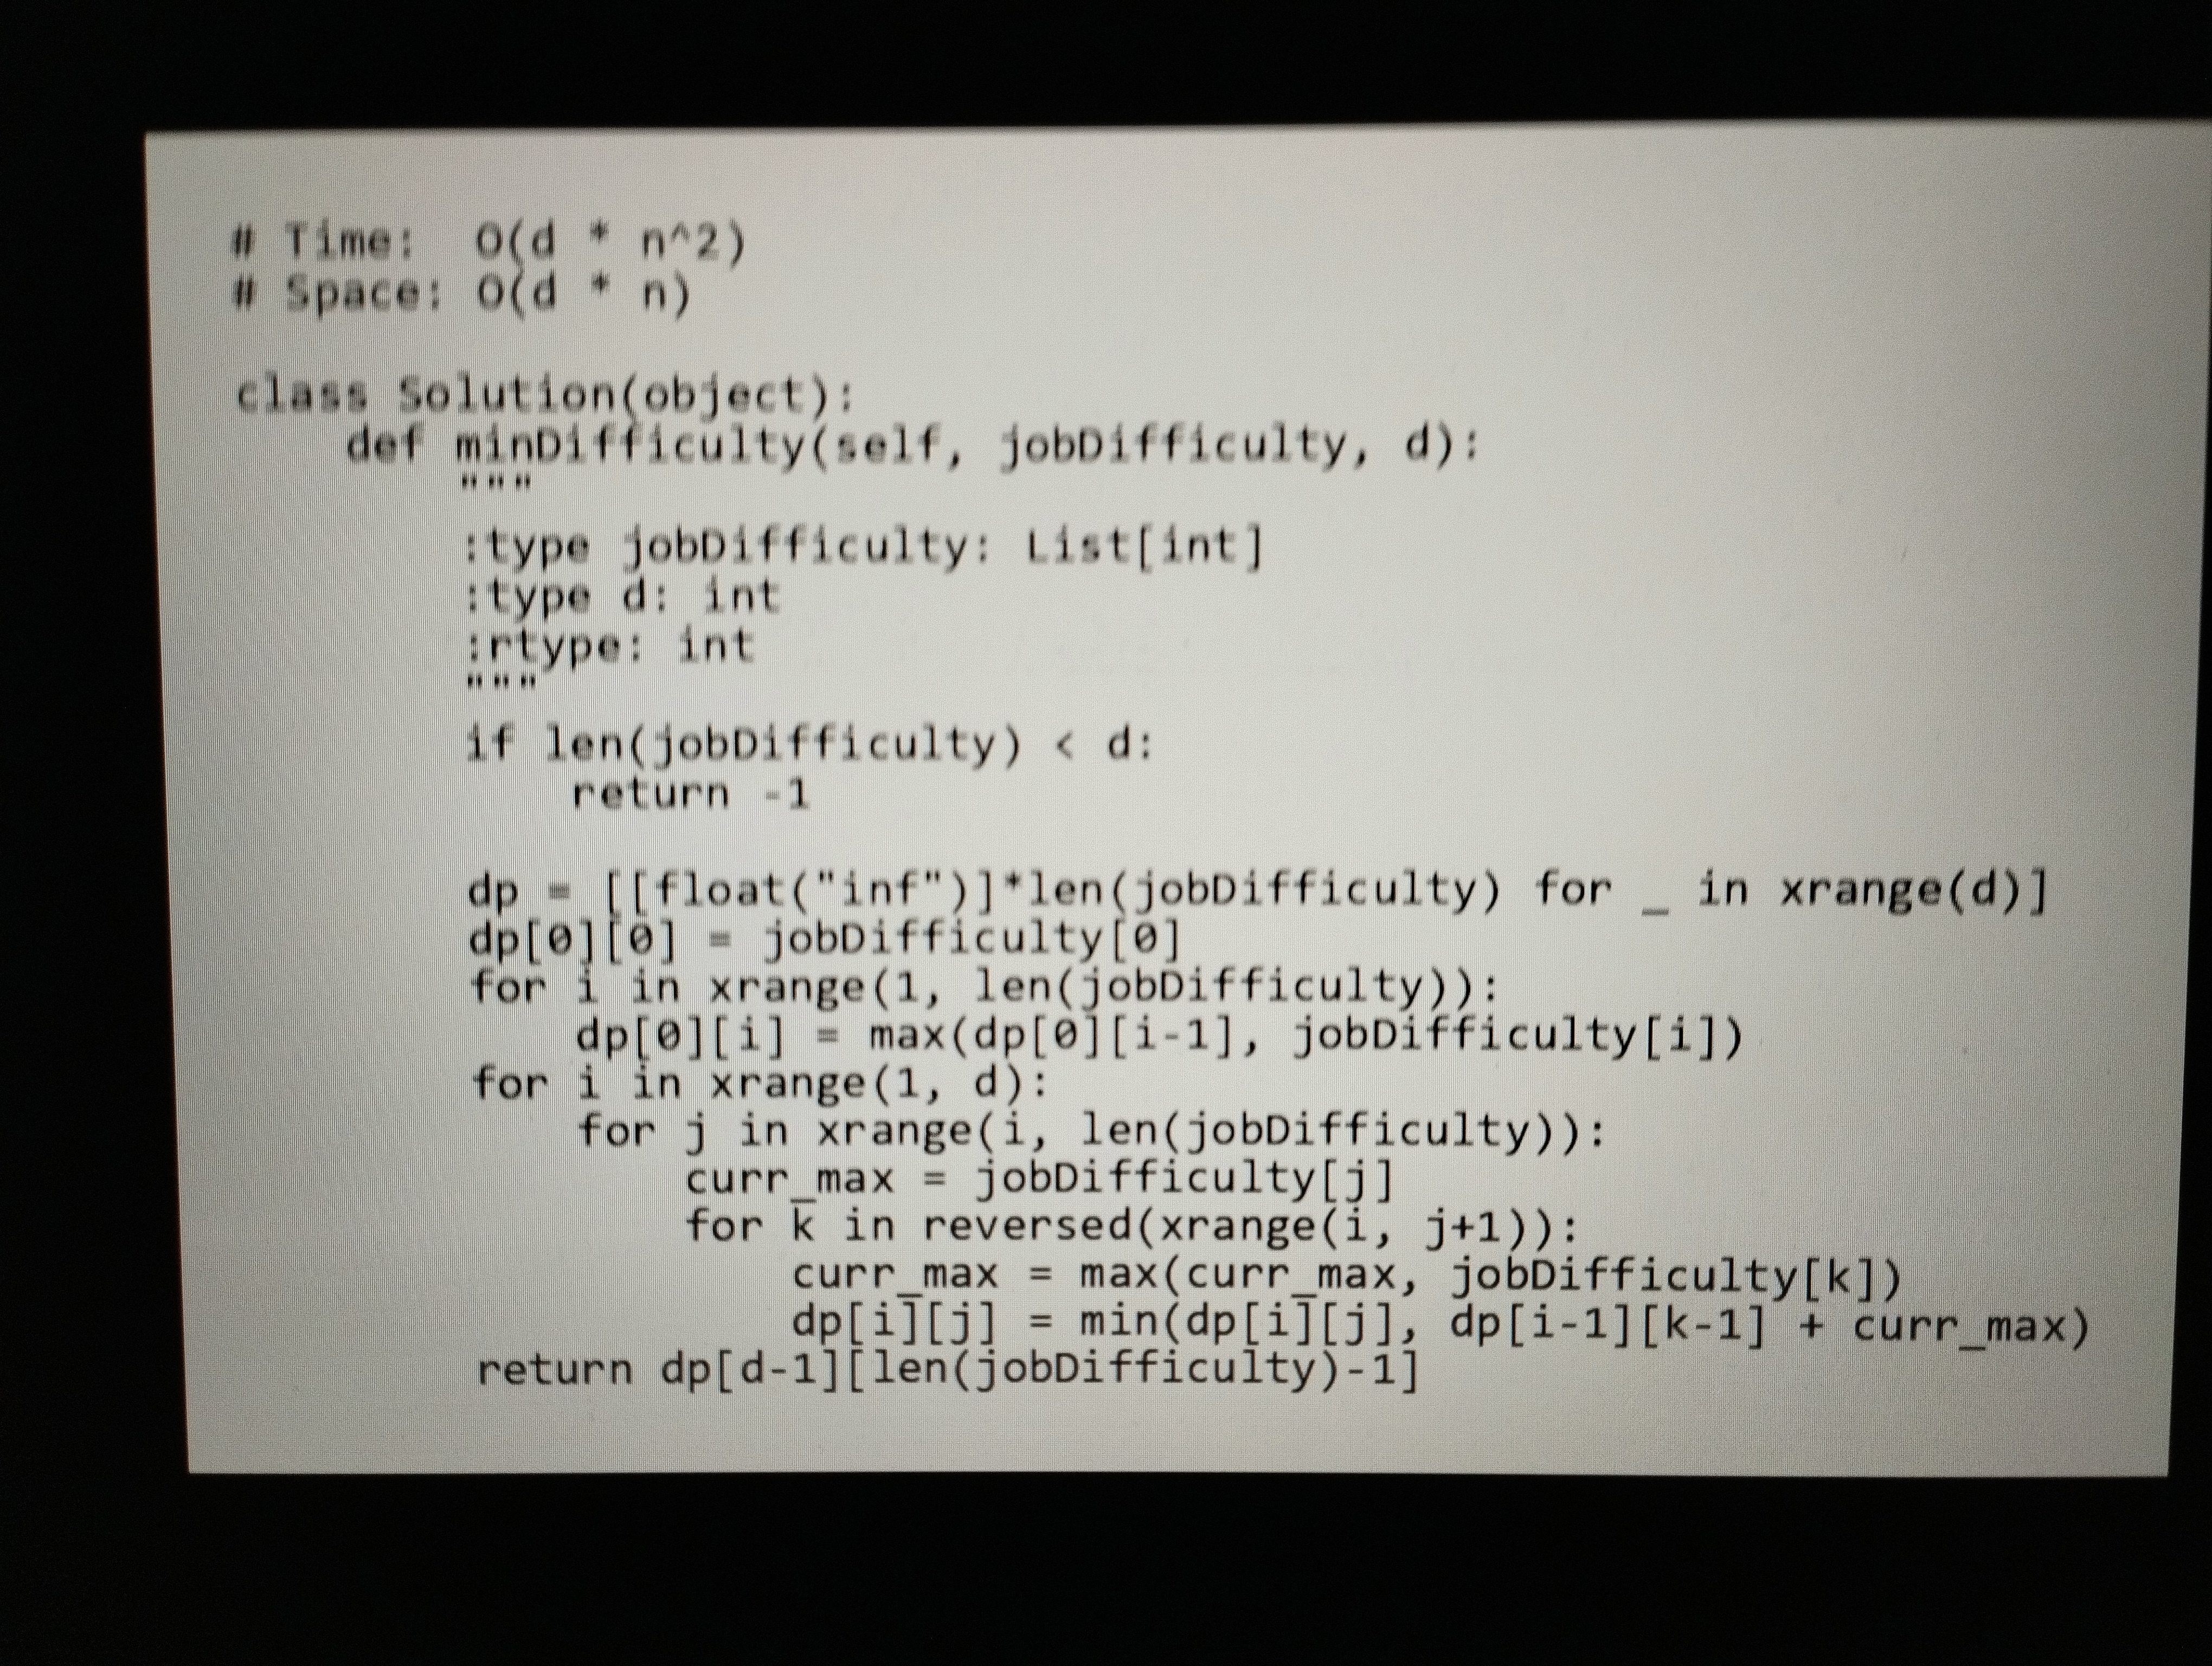
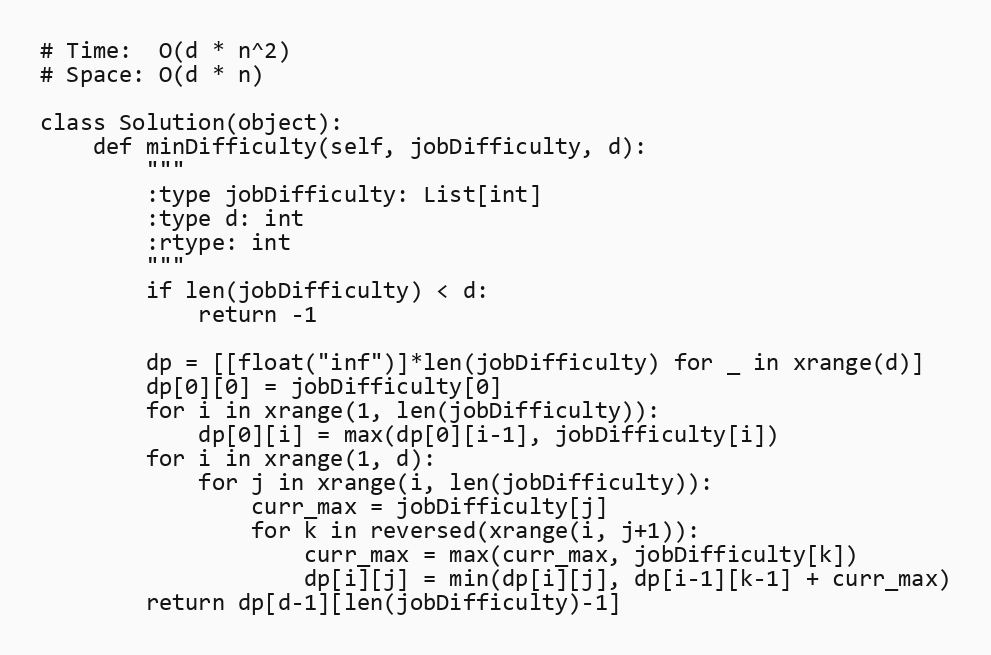
# Time:  O(d * n^2)
# Space: O(d * n)

class Solution(object):
    def minDifficulty(self, jobDifficulty, d):
        """
        :type jobDifficulty: List[int]
        :type d: int
        :rtype: int
        """
        if len(jobDifficulty) < d:
            return -1

        dp = [[float("inf")]*len(jobDifficulty) for _ in xrange(d)]
        dp[0][0] = jobDifficulty[0]
        for i in xrange(1, len(jobDifficulty)):
            dp[0][i] = max(dp[0][i-1], jobDifficulty[i])
        for i in xrange(1, d):
            for j in xrange(i, len(jobDifficulty)):
                curr_max = jobDifficulty[j]
                for k in reversed(xrange(i, j+1)):
                    curr_max = max(curr_max, jobDifficulty[k])
                    dp[i][j] = min(dp[i][j], dp[i-1][k-1] + curr_max)
        return dp[d-1][len(jobDifficulty)-1]